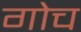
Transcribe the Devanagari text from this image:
गोच